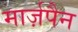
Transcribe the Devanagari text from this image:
मार्ज़पैन